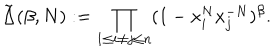
\tilde { \Delta } ( \beta , N ) : = \prod _ { 1 \leq i \neq j \leq n } ( 1 - x _ { i } ^ { N } x _ { j } ^ { - N } ) ^ { \beta } .